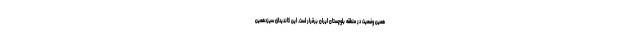
همین وضعیت در منطقه بلوچستان ایران برقرار است. این کاندیدای سیزدهمین